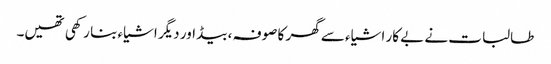
طالبات نے بے کار اشیاء سے گھر کا صوفہ ، بیڈ اور دیگر اشیاء بنا رکھی تھیں۔